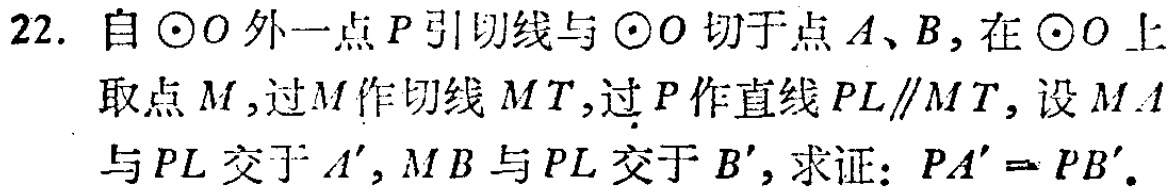
22. 自\(\odot O\)外一点\(P\)引切线与\(\odot O\)切于点\(A、B\)，在\(\odot O\)上取点\(M\)，过\(M\)作切线\(MT\)，过\(P\)作直线\(PL\parallel MT\)，设\(MA\)与\(PL\)交于\(A'\)，\(MB\)与\(PL\)交于\(B'\)，求证：\(PA' = PB'\)。